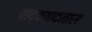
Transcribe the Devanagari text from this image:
वाद्यवादनास